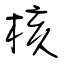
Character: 核